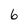
Character: 6